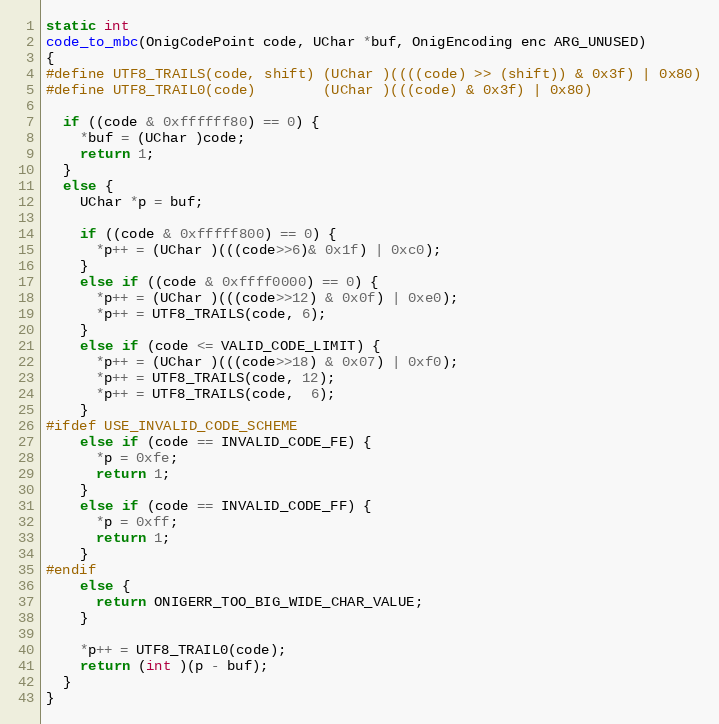
Language: C
static int
code_to_mbc(OnigCodePoint code, UChar *buf, OnigEncoding enc ARG_UNUSED)
{
#define UTF8_TRAILS(code, shift) (UChar )((((code) >> (shift)) & 0x3f) | 0x80)
#define UTF8_TRAIL0(code)        (UChar )(((code) & 0x3f) | 0x80)

  if ((code & 0xffffff80) == 0) {
    *buf = (UChar )code;
    return 1;
  }
  else {
    UChar *p = buf;

    if ((code & 0xfffff800) == 0) {
      *p++ = (UChar )(((code>>6)& 0x1f) | 0xc0);
    }
    else if ((code & 0xffff0000) == 0) {
      *p++ = (UChar )(((code>>12) & 0x0f) | 0xe0);
      *p++ = UTF8_TRAILS(code, 6);
    }
    else if (code <= VALID_CODE_LIMIT) {
      *p++ = (UChar )(((code>>18) & 0x07) | 0xf0);
      *p++ = UTF8_TRAILS(code, 12);
      *p++ = UTF8_TRAILS(code,  6);
    }
#ifdef USE_INVALID_CODE_SCHEME
    else if (code == INVALID_CODE_FE) {
      *p = 0xfe;
      return 1;
    }
    else if (code == INVALID_CODE_FF) {
      *p = 0xff;
      return 1;
    }
#endif
    else {
      return ONIGERR_TOO_BIG_WIDE_CHAR_VALUE;
    }

    *p++ = UTF8_TRAIL0(code);
    return (int )(p - buf);
  }
}